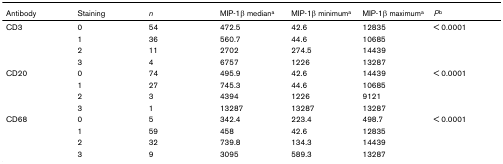
| Antibody | Staining | n | MIP-1β mediana | MIP-1β minimuma | MIP-1β maximuma | Pb |
 | --- | --- | --- | --- | --- | --- | --- |
 | CD3 | 0 | 54 | 472.5 | 42.6 | 12835 | < 0.0001 |
 |  | 1 | 36 | 560.7 | 44.6 | 10685 |  |
 |  | 2 | 11 | 2702 | 274.5 | 14439 |  |
 |  | 3 | 4 | 6757 | 1226 | 13287 |  |
 | CD20 | 0 | 74 | 495.9 | 42.6 | 14439 | < 0.0001 |
 |  | 1 | 27 | 745.3 | 44.6 | 10685 |  |
 |  | 2 | 3 | 4394 | 1226 | 9121 |  |
 |  | 3 | 1 | 13287 | 13287 | 13287 |  |
 | CD68 | 0 | 5 | 342.4 | 223.4 | 498.7 | < 0.0001 |
 |  | 1 | 59 | 458 | 42.6 | 12835 |  |
 |  | 2 | 32 | 739.8 | 134.3 | 14439 |  |
 |  | 3 | 9 | 3095 | 589.3 | 13287 |  |